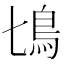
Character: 𩾔